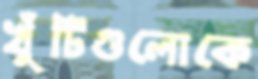
খুঁটিগুলোকে